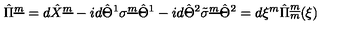
\hat { \Pi } ^ { \underline { { m } } } = d \hat { X } ^ { \underline { { m } } } - i d \hat { \Theta } ^ { 1 } { \sigma } ^ { \underline { { m } } } \hat { \Theta } ^ { 1 } - i d \hat { \Theta } ^ { 2 } \tilde { \sigma } ^ { \underline { { m } } } \hat { \Theta } ^ { 2 } = d \xi ^ { m } \hat { \Pi } _ { m } ^ { \underline { { m } } } ( \xi )